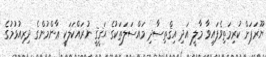
ޔޫރަޕަށް ކުރިމަތިވެފައިވާ މާލީ އަދި އިޤްތިސާދި މައްސަލަތަކުގެ ޙަޤީޤީ ނުރައްކަލަކީ ޢާންމުންގެ ދިރިއުޅުމުގެ